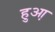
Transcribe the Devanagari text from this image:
हुआ़